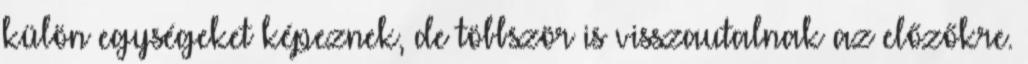
külön egységeket képeznek, de többször is visszautalnak az előzőkre.